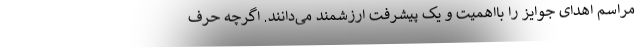
مراسم اهدای جوایز را بااهمیت و یک پیشرفت ارزشمند می‌دانند. اگرچه حرف